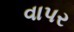
વાપર